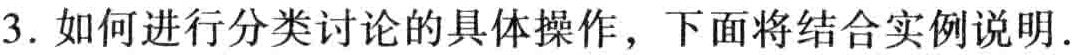
3. 如何进行分类讨论的具体操作，下面将结合实例说明.